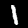
Digit: 1